Code of medical and sanitary regulations for the guidance of medical officers serving in the Madras Presidency - Volume I
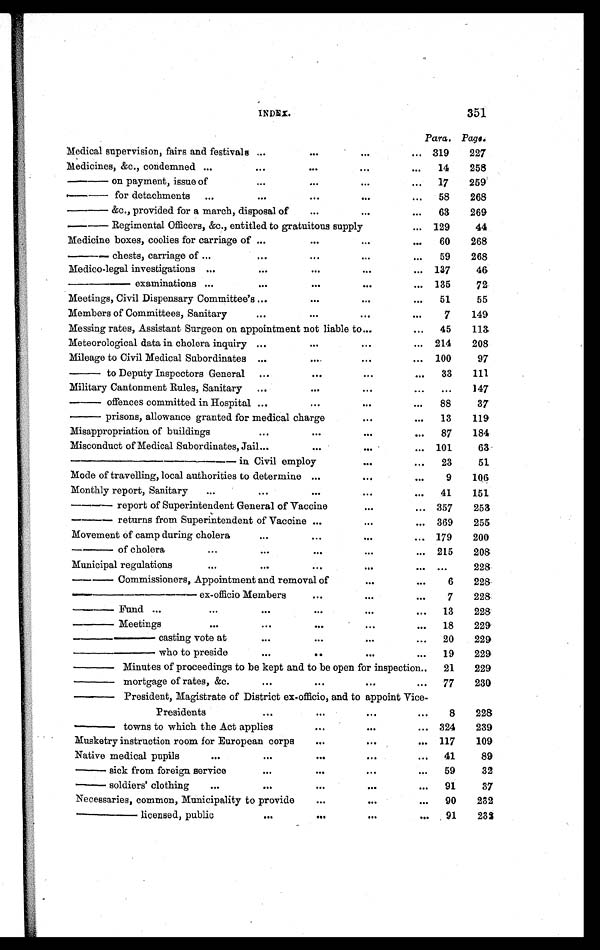
INDEX.
351
Para. Page.
Medical supervision, fairs and festivals ...
...
...
... 319
227
Medicines, &c., condemned ...
...
...
...
. . .
14
258
— — o n p a y m e n t , i s s u e o f
...
...
...
...
17
259
—— for detachments ...
...
...
...
. . .
58
268
&c., provided for a march, disposal of
...
...
...
63
269
—— Regimental Officers, &c., entitled to gratuitous supply
... 129
44
Medicine boxes, coolies for carriage of ...
...
...
...
60
268
——— chests, carriage of ...
...
...
...
. . .
59
268
Medico-legal investigations ...
...
...
...
... 137
46
— — e x a m i n a t i o n s ...
...
...
...
... 135
72
Meetings, Civil Dispensary Committee's ...
...
...
...
51
55
Members of Committees, Sanitary
...
...
...
. . . 7
149
Messing rates, Assistant Surgeon on appointment not liable to ...
...
45
113
Meteorological data in cholera inquiry ...
...
...
. . .
214
208
Mileage to Civil Medical Subordinates ...
...
...
... 100
97
— — t o D e p u t y I n s p e c t o r s G e n e r a l ...
...
...
...
33
111
Military Cantonment Rules, Sanitary ...
...
...
. . . ...
147
—— offences committed in Hospital ...
...
...
. . .
88
37
— — p r i s o n s , a l l o w a n c e g r a n t e d f o r m e d i c a l c h a r g e
...
. . .
13
119
Misappropriation of buildings
...
...
...
...
87
184
Misconduct of Medical Subordinates, Jail...
...
...
... 101
63
— — — — — — i n C i v i l e m p l o y
...
...
23
51
Mode of travelling, local authorities to determine ...
...
. . . 9
106
Monthly report, Sanitary
...
...
...
...
. . .
41
151
—— report of Superintendent General of Vaccine
...
... 357
253
—— returns from Superintendent of Vaccine ...
...
... 369
255
Movement of camp during cholera
...
...
...
... 179
200
—— of cholera
...
...
...
...
... 215
208
Municipal regulations
. . .
...
...
...
. . .
. . .
228
Commissioners, Appointment and removal of
...
...
6
228
———— ex-officio Members
...
...
. . .
7
228
— F u n d ...
. . .
. . .
...
...
...
13
228
— Meetings
. . .
. . .
. . .
...
. . . 18
229
—— casting vote at
. . .
. . .
...
. . . 20
229
—— who t o pr esi de
. . .
..
. . .
. . . 19
229
— Minutes of proceedings to be kept and to be open for inspection..
21
229
— mortgage of rates, &c.
. . .
...
...
...
77
230
—— President, Magistrate of District ex-officio, and to appoint Vice-
Presidents
. . .
...
. . .
. . .
8
228
— towns to which the Act applies
...
. . .
... 324
239
Musketry instruction room for European corps
...
. . .
... 117
109
Native medical pupils
. . .
. . .
...
. . .
...
41
89
— s i c k f r om f or e i gn s e r vi c e
...
...
. . .
...
59
32
— soldiers' clothing
. . .
...
...
. . .
...
91
37
Necessaries, common, Municipality to provide
...
...
...
90
232
—— licensed, public
. . .
. . .
...
. . . 91
232